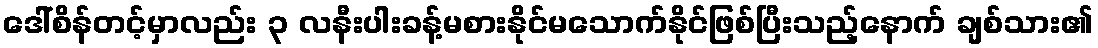
ဒေါ်စိန်တင့်မှာလည်း ၃ လနီးပါးခန့်မစားနိုင်မသောက်နိုင်ဖြစ်ပြီးသည့်နောက် ချစ်သား၏